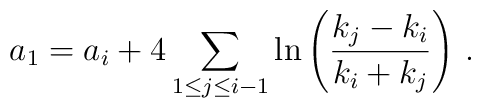
a_{1}=a_{i}+4\sum_{1\leq j \leq i-1} \ln \left(\frac{k_{j}-k_{i}}{k_{i}+k_{j}}\right)\,.